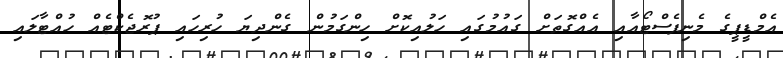
އެމްޑީޕީގެ މެނިފެސްޓޯއާއި އެއްގޮތަށް ގައުމުގައި ހަލުއިކޮށް ހިންގަމުން ގެންދިޔަ ހުރިހައި ޕުރޮޖެކްޓެއް ހުއްޓާލައި